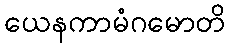
ယေနကာမံဂမောတိ